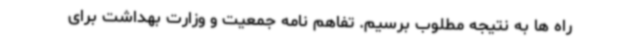
راه ها به نتیجه مطلوب برسیم. تفاهم نامه جمعیت و وزارت بهداشت برای